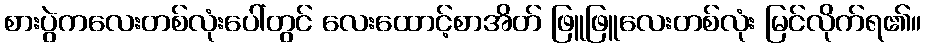
စားပွဲကလေးတစ်လုံးပေါ်တွင် လေးထောင့်စာအိတ် ဖြူဖြူလေးတစ်လုံး မြင်လိုက်ရ၏။